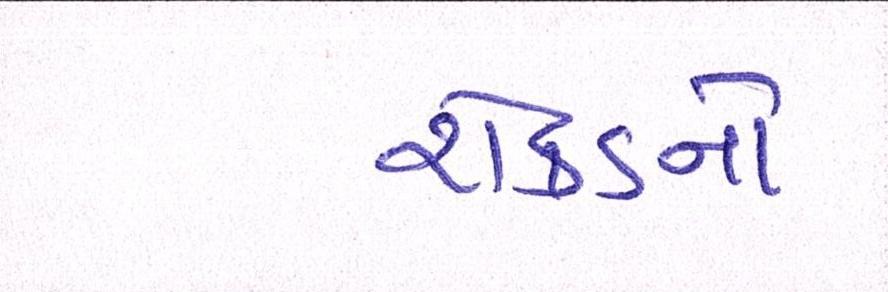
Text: રોકડનો